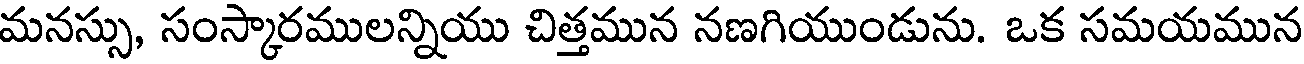
మనస్సు, సంస్కారములన్నియు చిత్తమున నణగియుండును. ఒక సమయమున